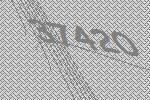
37420